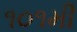
૧૦૧મી